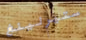
ستيرلينغ